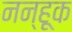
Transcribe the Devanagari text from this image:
नन्हूक